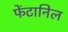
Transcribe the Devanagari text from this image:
फेंटानिल